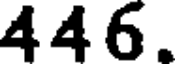
446.